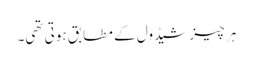
ہر چیز شیڈول کے مطابق ہوتی تھی۔